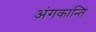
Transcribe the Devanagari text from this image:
अंगकान्ति